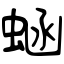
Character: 蜬